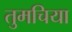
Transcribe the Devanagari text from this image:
तुमचिया